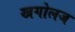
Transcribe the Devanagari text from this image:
खगोलज